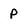
Character: P